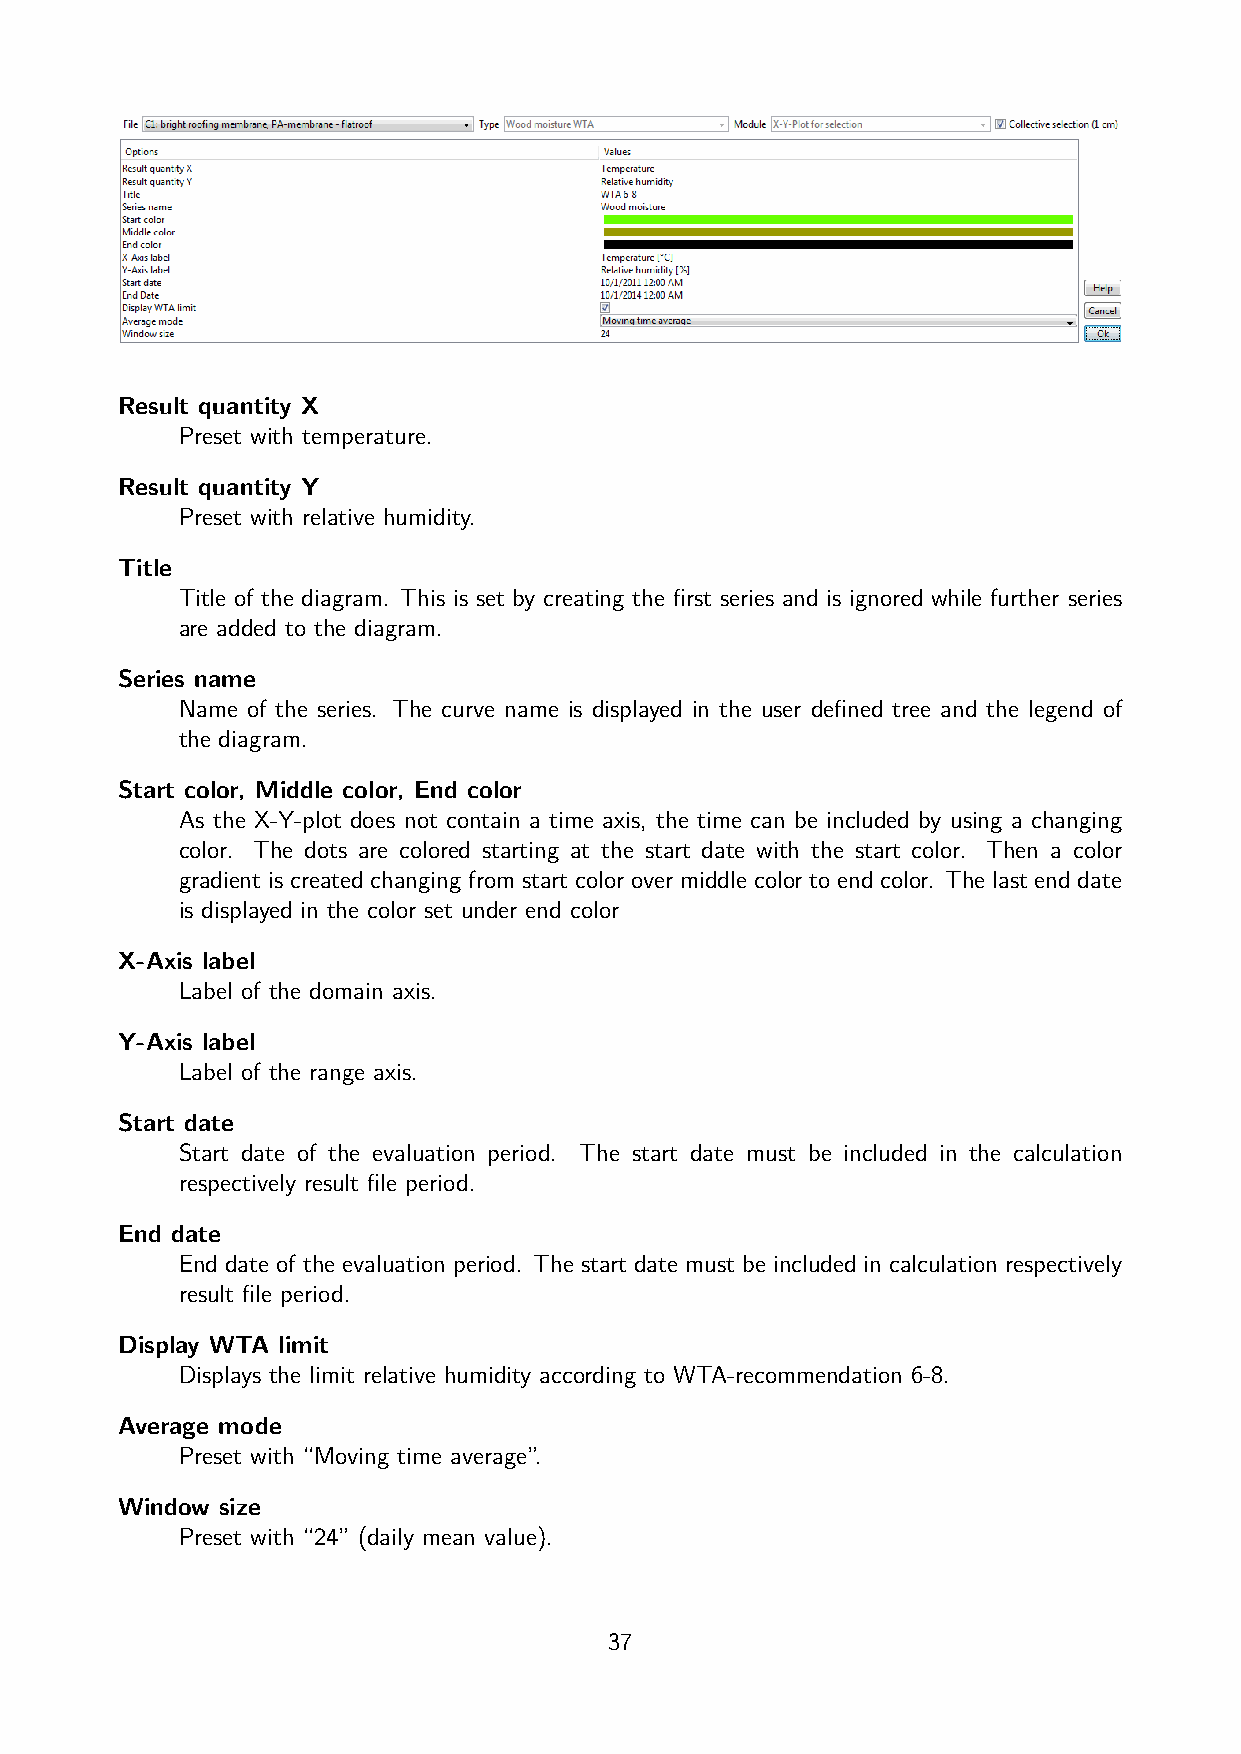
Result quantity X
 Preset with temperature.
 Result quantity Y
 Preset with relative humidity.
 Title
 Title of the diagram. This is set by creating the first series and is ignored while further series
 are added to the diagram.
 Series name
 Name of the series. The curve name is displayed in the user defined tree and the legend of
 the diagram.
 Start color, Middle color, End color
 As the X-Y-plot does not contain a time axis, the time can be included by using a changing
 color. The dots are colored starting at the start date with the start color. Then a color
 gradient is created changing from start color over middle color to end color. The last end date
 is displayed in the color set under end color
 X-Axis label
 Label of the domain axis.
 Y-Axis label
 Label of the range axis.
 Start date
 Start date of the evaluation period. The start date must be included in the calculation
 respectively result file period.
 End date
 End date of the evaluation period. The start date must be included in calculation respectively
 result file period.
 Display WTA limit
 Displays the limit relative humidity according to WTA-recommendation 6-8.
 Average mode
 Preset with “Moving time average”.
 Window size
 Preset with “24” (daily mean value).
 37